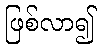
ဖြစ်လာ၍